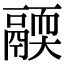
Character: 𩱄